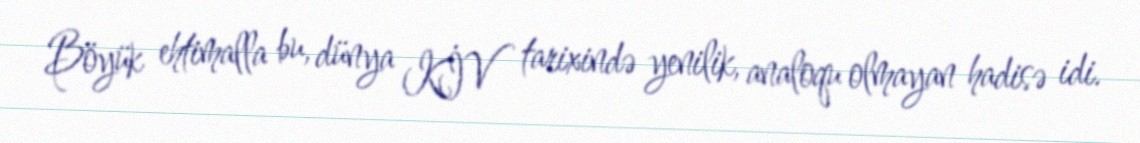
Böyük ehtimalla bu, dünya KİV tarixində yenilik, analoqu olmayan hadisə idi.